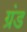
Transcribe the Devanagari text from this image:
ग्रंड